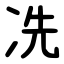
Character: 冼